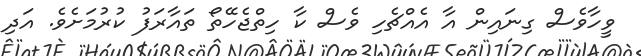
ވީހާވެސް ގިނައިން އާ އެއްޗެހި ވެސް ކާ ހިތްޖެހޭތޯ ތައާރަފު ކުރުމަށެވެ. އަދި